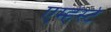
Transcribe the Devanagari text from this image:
एम्हेर्स्ट